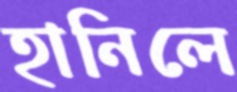
হানিলে